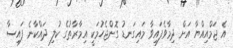
އެ ޖަމްއިއްޔާ އަށް ދިމާވެފައިވާ މައިގަނޑު ގޮންޖެހުމަކީ އިމާރާތުގެ ކުލި ދައްކާނެ ފައިސާ